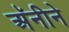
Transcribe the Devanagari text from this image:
अॅनीने